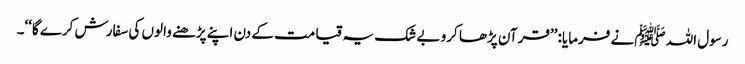
رسول اللہ ﷺنے فرمایا: ’’قرآن پڑھا کرو بے شک یہ قیامت کے دن اپنے پڑھنے والوں کی سفارش کرے گا‘‘۔